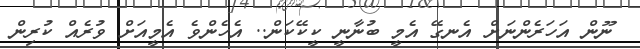
ނޫން އަހަރެންނަށް އެނގޭ އެމީ ބުނާނީ ކީކޭކަން.. އެހެންވެ އެމީއަށް ވުރެއް ކުރިން